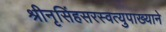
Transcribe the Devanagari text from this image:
श्रीनृसिंहसरस्वत्युपाख्याने